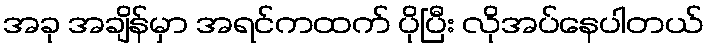
အခု အချိန်မှာ အရင်ကထက် ပိုပြီး လိုအပ်နေပါတယ်